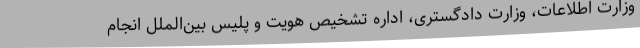
وزارت اطلاعات، وزارت دادگستری، اداره تشخیص هویت و پلیس بین‌الملل انجام